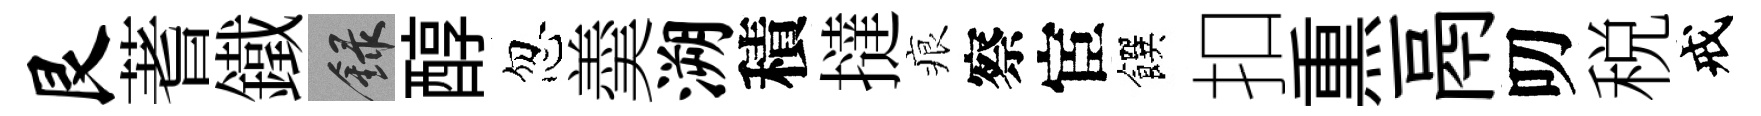
艮蓍鐵録醇忽羮溯積撻痕察宦饌扣𤋱鬲叨税戒